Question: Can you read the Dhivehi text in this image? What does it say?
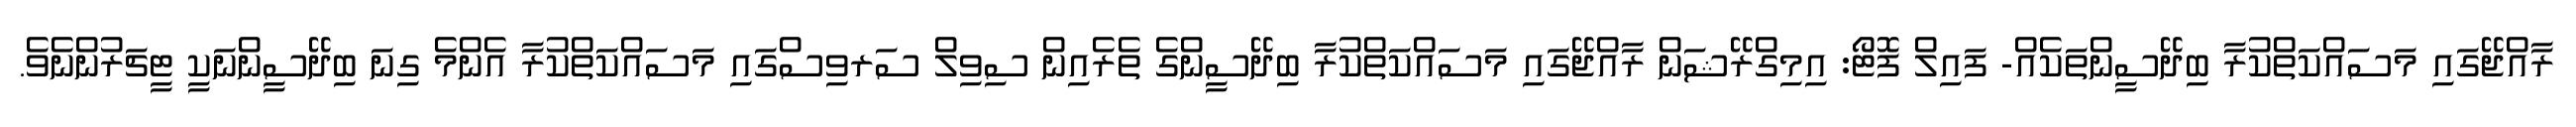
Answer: ރާއްޖޭގައި މަސައްކަތްކުރާ ބިދޭސީންތަކެއް- ފައިލް ފޮޓޯ: އިމިގްރޭޝަން ރާއްޖޭގައި މަސައްކަތްކުރާ ބިދޭސީންގެ ތެރެއިން ސިވިލް ސަރވިސްގައި މަސައްކަތްކުރާ އެންމެ ގިނަ ބިދޭސީންނަކީ ޓީޗަރުންނެވެ.